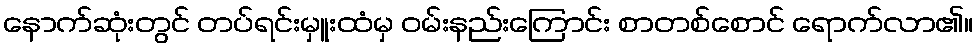
နောက်ဆုံးတွင် တပ်ရင်းမှူးထံမှ ဝမ်းနည်းကြောင်း စာတစ်စောင် ရောက်လာ၏။